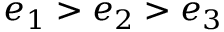
e _ { 1 } > e _ { 2 } > e _ { 3 }